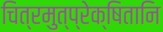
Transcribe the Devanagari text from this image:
चित्रमुत्प्रेक्षितानि